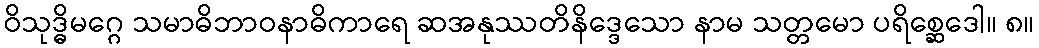
ဝိသုဒ္ဓိမဂ္ဂေ သမာဓိဘာဝနာဓိကာရေ ဆအနုဿတိနိဒ္ဒေသော နာမ သတ္တမော ပရိစ္ဆေဒေါ။ ၈။